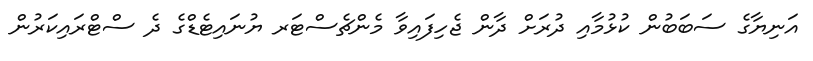
އަނިޔާގެ ސަބަބުން ކުޅުމާއި ދުރަށް ދާން ޖެހިފައިވާ މެންޗެސްޓަރ ޔުނައިޓެޑްގެ ދެ ސްޓްރައިކަރުން